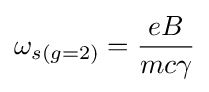
\omega _{s(g=2)}={\frac {eB}{mc\gamma }}